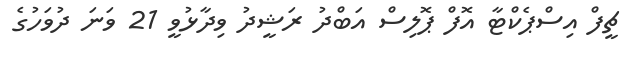
ޗީފް އިސްޕެކްޓާ އޮފް ޕޮލިސް އަބްދު ރަޝީދު ވިދާޅުވީ 21 ވަނަ ދުވަހުގެ